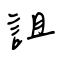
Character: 詛